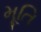
મૂતિ